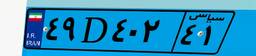
۴۹D۴۰۲۴۱